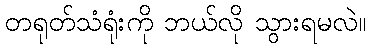
တရုတ်သံရုံးကို ဘယ်လို သွားရမလဲ။